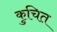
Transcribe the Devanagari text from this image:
कुचित